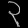
Digit: ၃